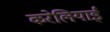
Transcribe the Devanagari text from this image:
करेलियाई